NAE_ERA_R-1018_Narva_Linna_TSN_Taitevkomitee, lk 10
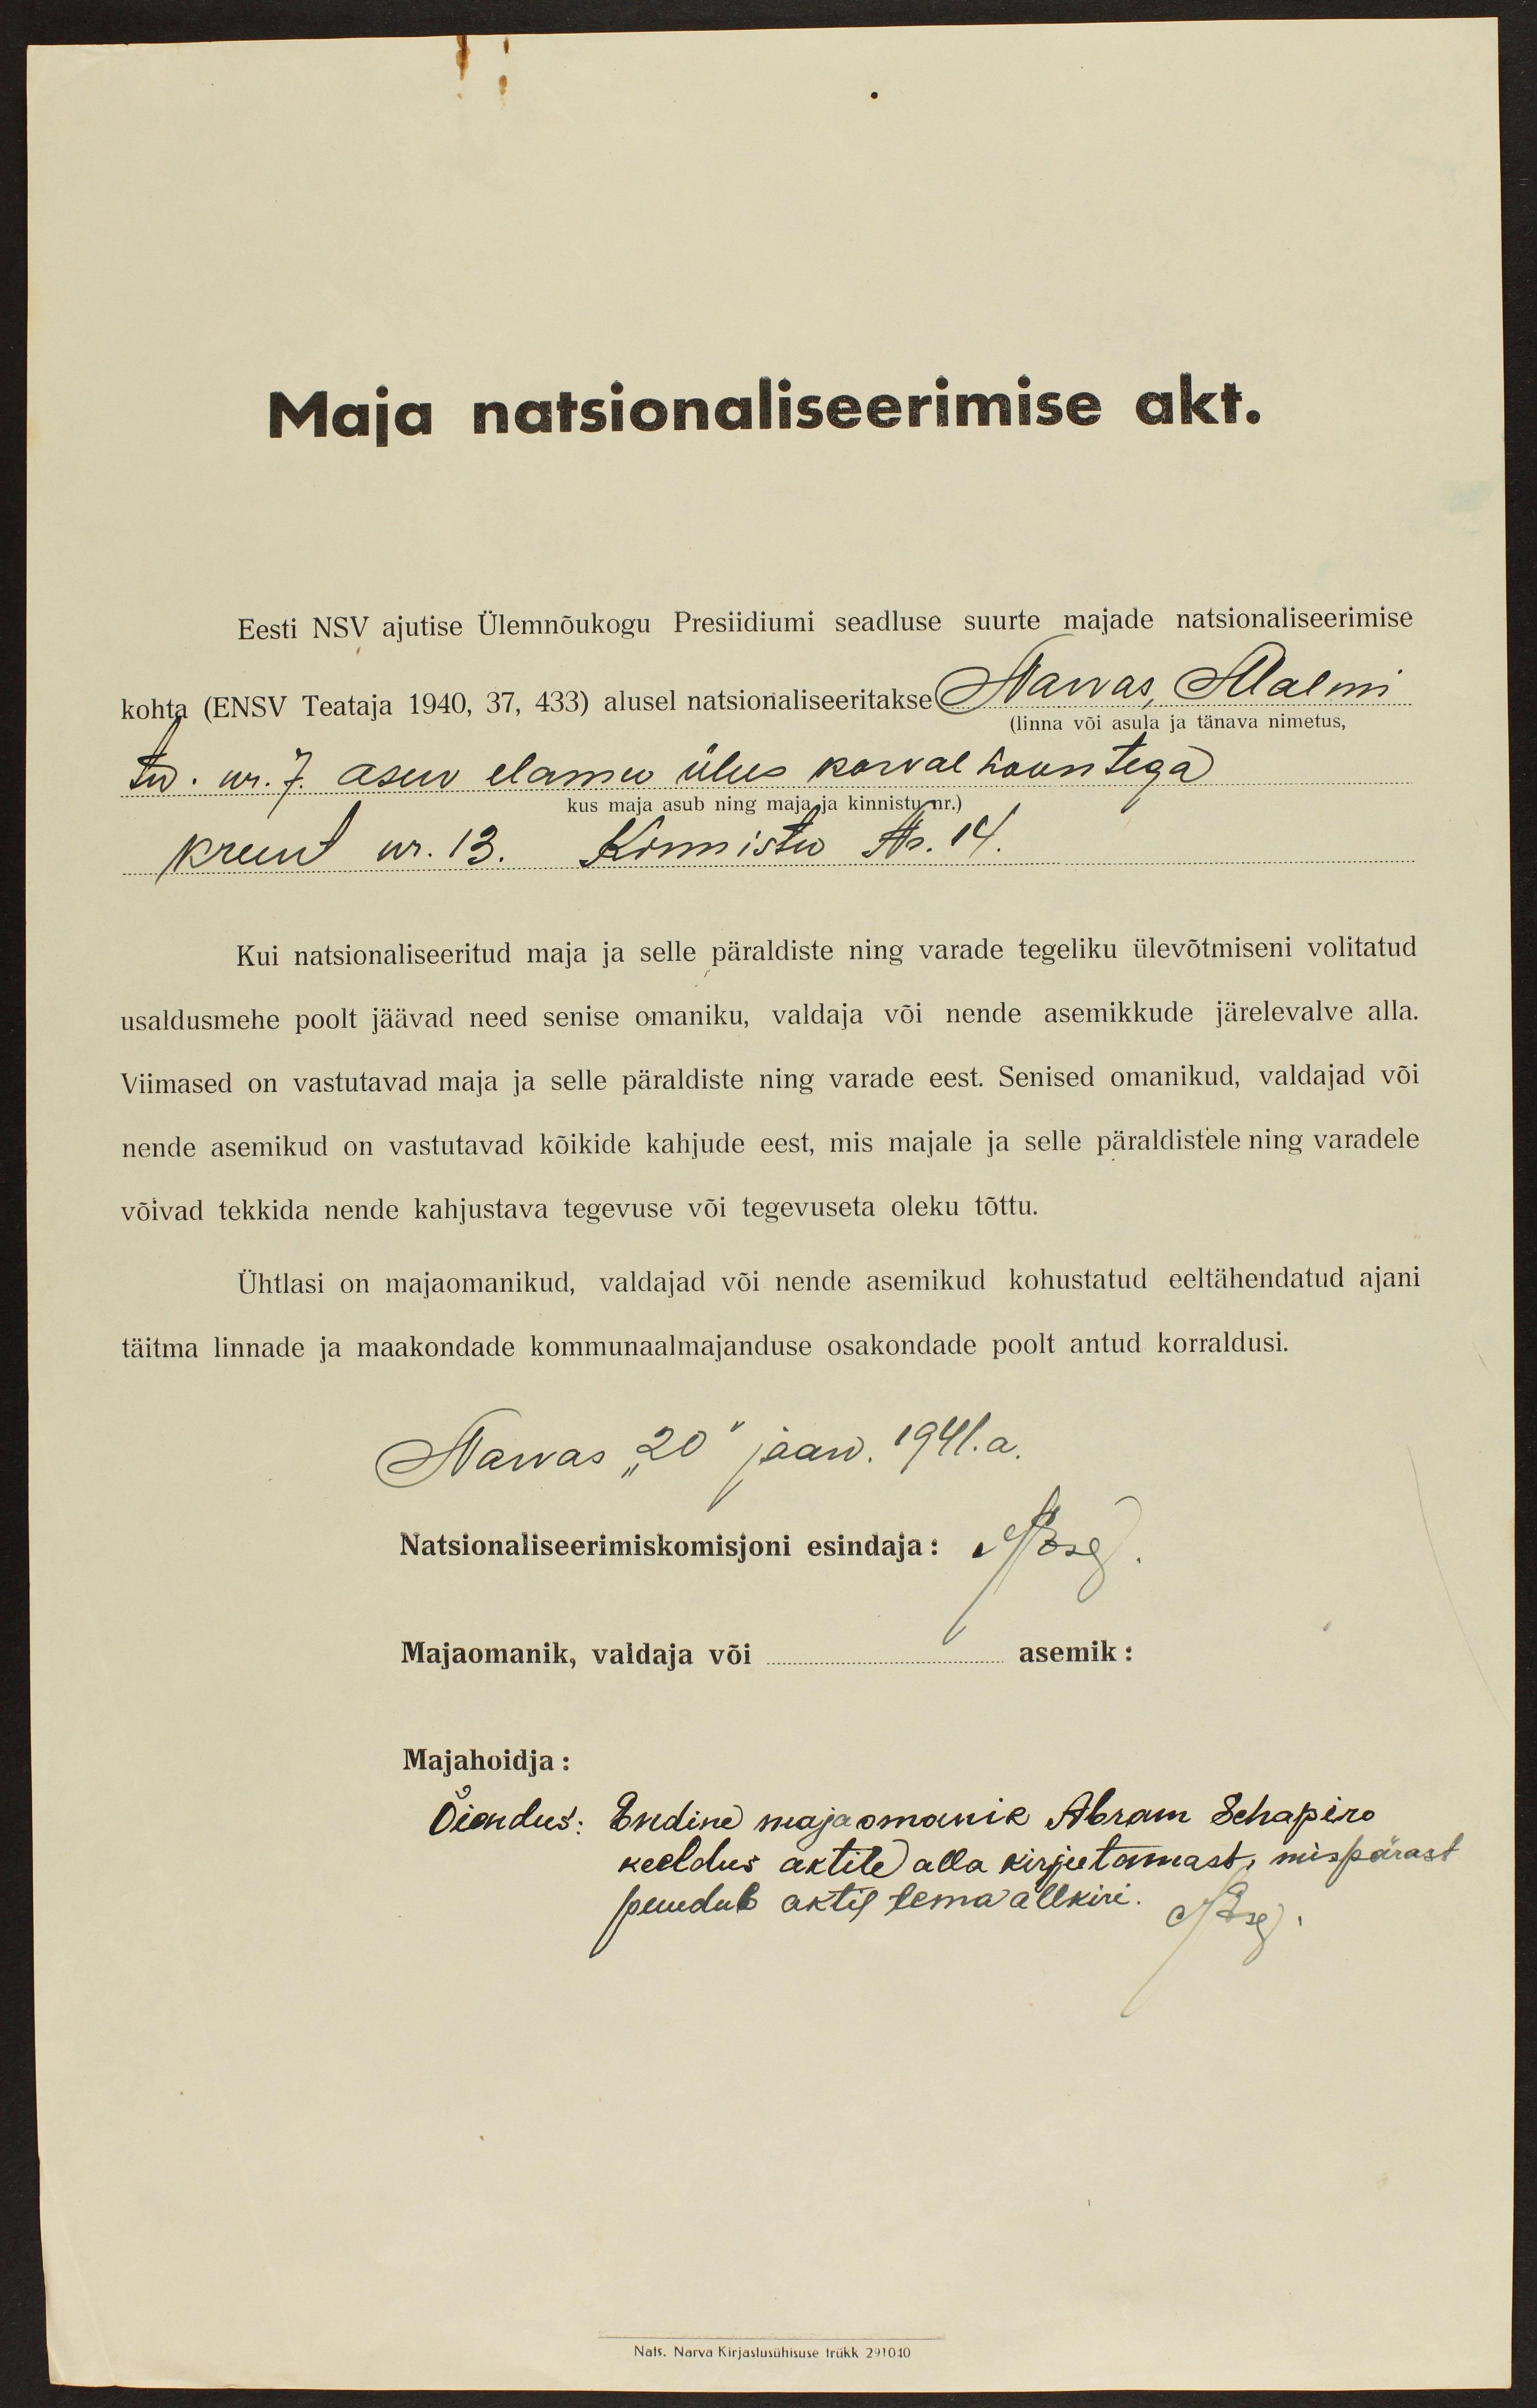
Maja natsionaliseerimise akt.
Eesti NSV ajutise Ülemõukogu Presiidiumi seadluse suurte majade natsionaliseerimise
kohta (ENSV Teataja 1940, 37, 433) alusel natsionaliseeritakse Narvas, Malmi
(linna või asula ja tänava nimetus,
tn. nr. 7. asuv elamu ühes korvalhoontega
kus maja asub ning maja ja kinnistu nr.)
krunt nr. 13. Kinnistu Nr. 14.
Kui natsionaliseeritud maja ja selle päraldiste ning varade tegeliku ülevõtmiseni volitatud
usaldusmehe poolt jäävad need senise omaniku, valdaja või nende asemikkude järelevalve alla.
Viimased on vastutavad maja ja selle päraldiste ning varade eest. Senised omanikud, valdajad või
nende asemikud on vastutavad kõikide kahjude eest, mis majale ja selle päraldistele ning varadele
võivad tekkida nende kahjustava tegevuse või tegevuseta oleku tõttu.
Ühtlasi on majaomanikud, valdajad või nende asemikud kohustatud eeltähendatud ajani
täitma linnade ja maakondade kommunaalmajanduse osakondade poolt antud korraldusi.
Narvas "20" jaan. 1941. a.
Natsionaliseerimiskomisjoni esindaja:
Majaomanik, valdaja või asemik:
Majahoidja:
Õiendus: Endine majaomanik Abram Schapiro
keeldus aktile alla kirjutamast, mispärast
puudub aktil tema allkiri.